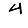
Digit: 4